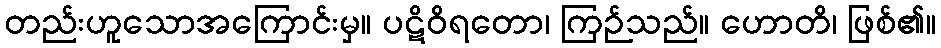
တည်းဟူသောအကြောင်းမှ။ ပဋိဝိရတော၊ ကြဉ်သည်။ ဟောတိ၊ ဖြစ်၏။